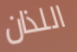
اللذان